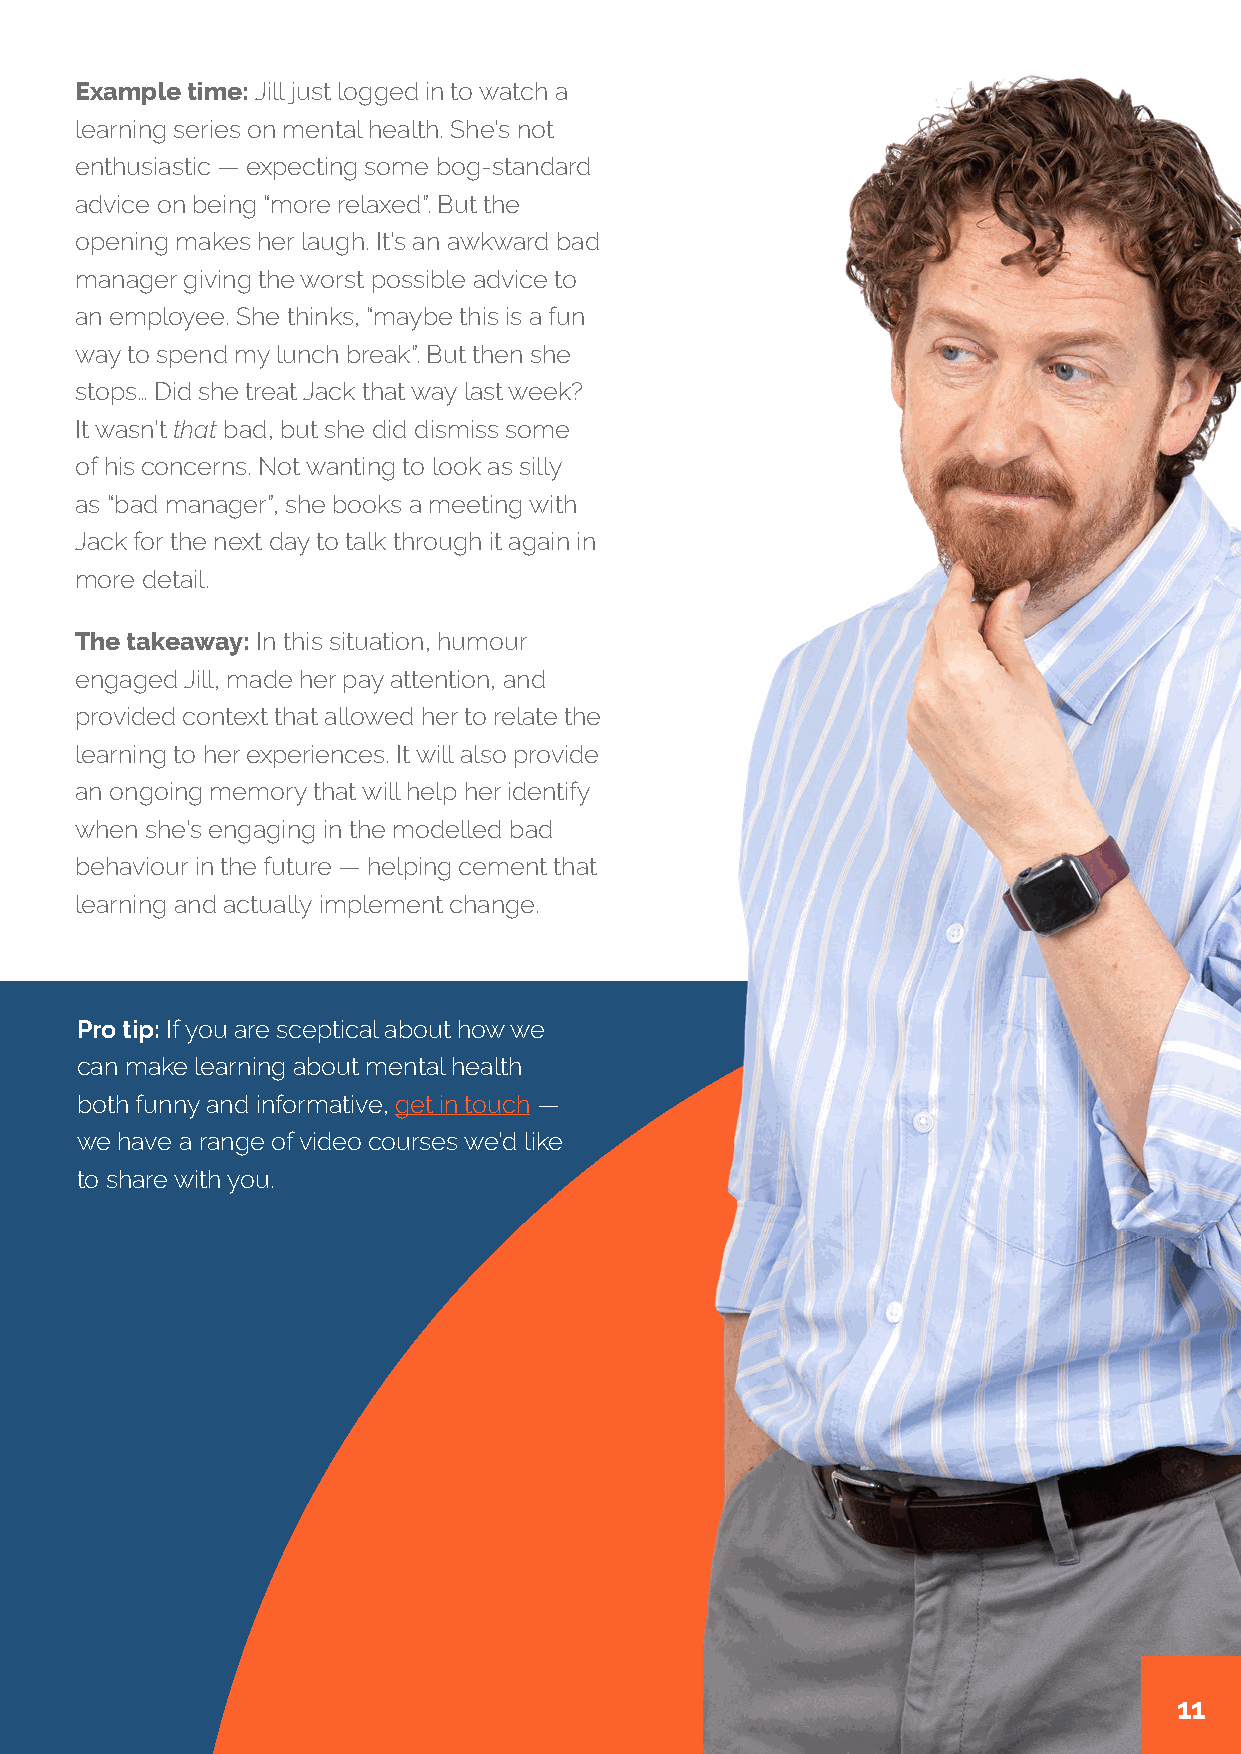
Example time: Jill just logged in to watch a
 learning series on mental health. She’s not
 enthusiastic — expecting some bog-standard
 advice on being “more relaxed”. But the
 opening makes her laugh. It’s an awkward bad
 manager giving the worst possible advice to
 an employee. She thinks, “maybe this is a fun
 way to spend my lunch break”. But then she
 stops… Did she treat Jack that way last week?
 It wasn’t that bad, but she did dismiss some
 of his concerns. Not wanting to look as silly
 as “bad manager”, she books a meeting with
 Jack for the next day to talk through it again in
 more detail.
 The takeaway: In this situation, humour
 engaged Jill, made her pay attention, and
 provided context that allowed her to relate the
 learning to her experiences. It will also provide
 an ongoing memory that will help her identify
 when she’s engaging in the modelled bad
 behaviour in the future — helping cement that
 learning and actually implement change.
 Pro tip: If you are sceptical about how we
 can make learning about mental health
 both funny and informative, get in touch —
 we have a range of video courses we’d like
 to share with you.
 1111